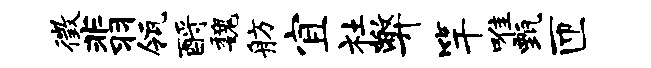
徵翡瓴酹魏舫宜社弊竿唯甄匝